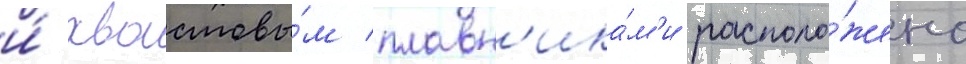
и́ хвостовы́м плавн'ика́м'и располо́жено